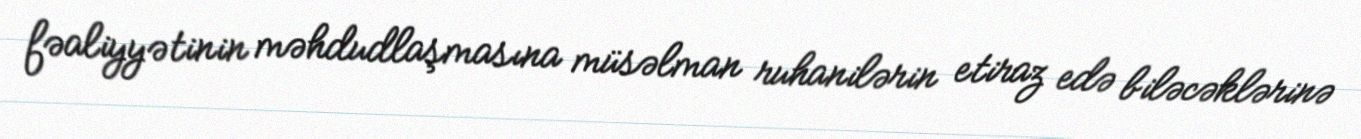
fəaliyyətinin məhdudlaşmasına müsəlman ruhanilərin etiraz edə biləcəklərinə